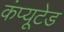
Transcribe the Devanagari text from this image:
कंप्यूटेड